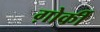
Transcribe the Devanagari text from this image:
ग़ोर्की